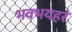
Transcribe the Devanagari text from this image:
भवभयहरं